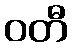
ဝတီ